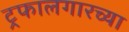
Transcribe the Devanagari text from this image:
ट्रफालगारच्या